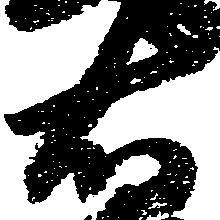
右